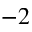
^ { - 2 }